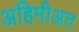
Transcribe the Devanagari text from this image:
अहिमीअत